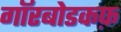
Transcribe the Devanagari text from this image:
गॉरबोडकफ़